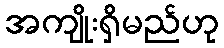
အကျိုးရှိမည်ဟု